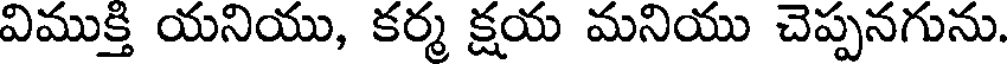
విముక్తి యనియు, కర్మ క్షయ మనియు చెప్పనగును.